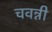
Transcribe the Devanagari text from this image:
चवन्नी